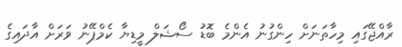
ރާއްޖޭގައި މިހާތަނަށް ހިންގުނު އެންމެ ބޮޑު ސޯޝަލް މީޑިޔާ ކެމްޕޭނު ވަރަށް އާދައިގެ